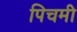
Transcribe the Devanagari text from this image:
पिचमी